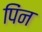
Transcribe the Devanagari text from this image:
पिंन